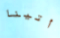
أتينا